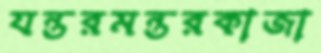
যন্তরমন্তরকাজা